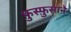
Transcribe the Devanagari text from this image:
फ़ुस्फ़ुसाने